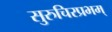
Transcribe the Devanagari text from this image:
सुरुचिरप्रभम्